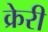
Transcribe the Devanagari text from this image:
क्रेरी